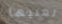
تعنيها